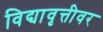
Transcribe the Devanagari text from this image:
विद्यावृत्तीवर